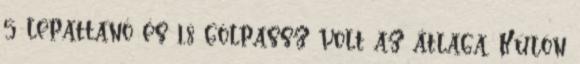
5 lepattanó és 1,8 gólpassz volt az átlaga. Külön